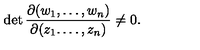
\det \frac { \partial ( w _ { 1 } , \dots , w _ { n } ) } { \partial ( z _ { 1 } . \dots , z _ { n } ) } \neq 0 .